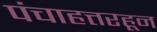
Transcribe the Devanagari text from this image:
पंचाहत्तरहून